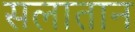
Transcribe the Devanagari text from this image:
सलातान